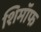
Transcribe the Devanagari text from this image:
शिमॉफ